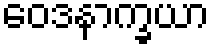
ဝေဒနာက္ခယာ